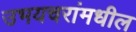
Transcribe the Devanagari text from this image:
उभयचरांमधील